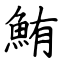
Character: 鮪